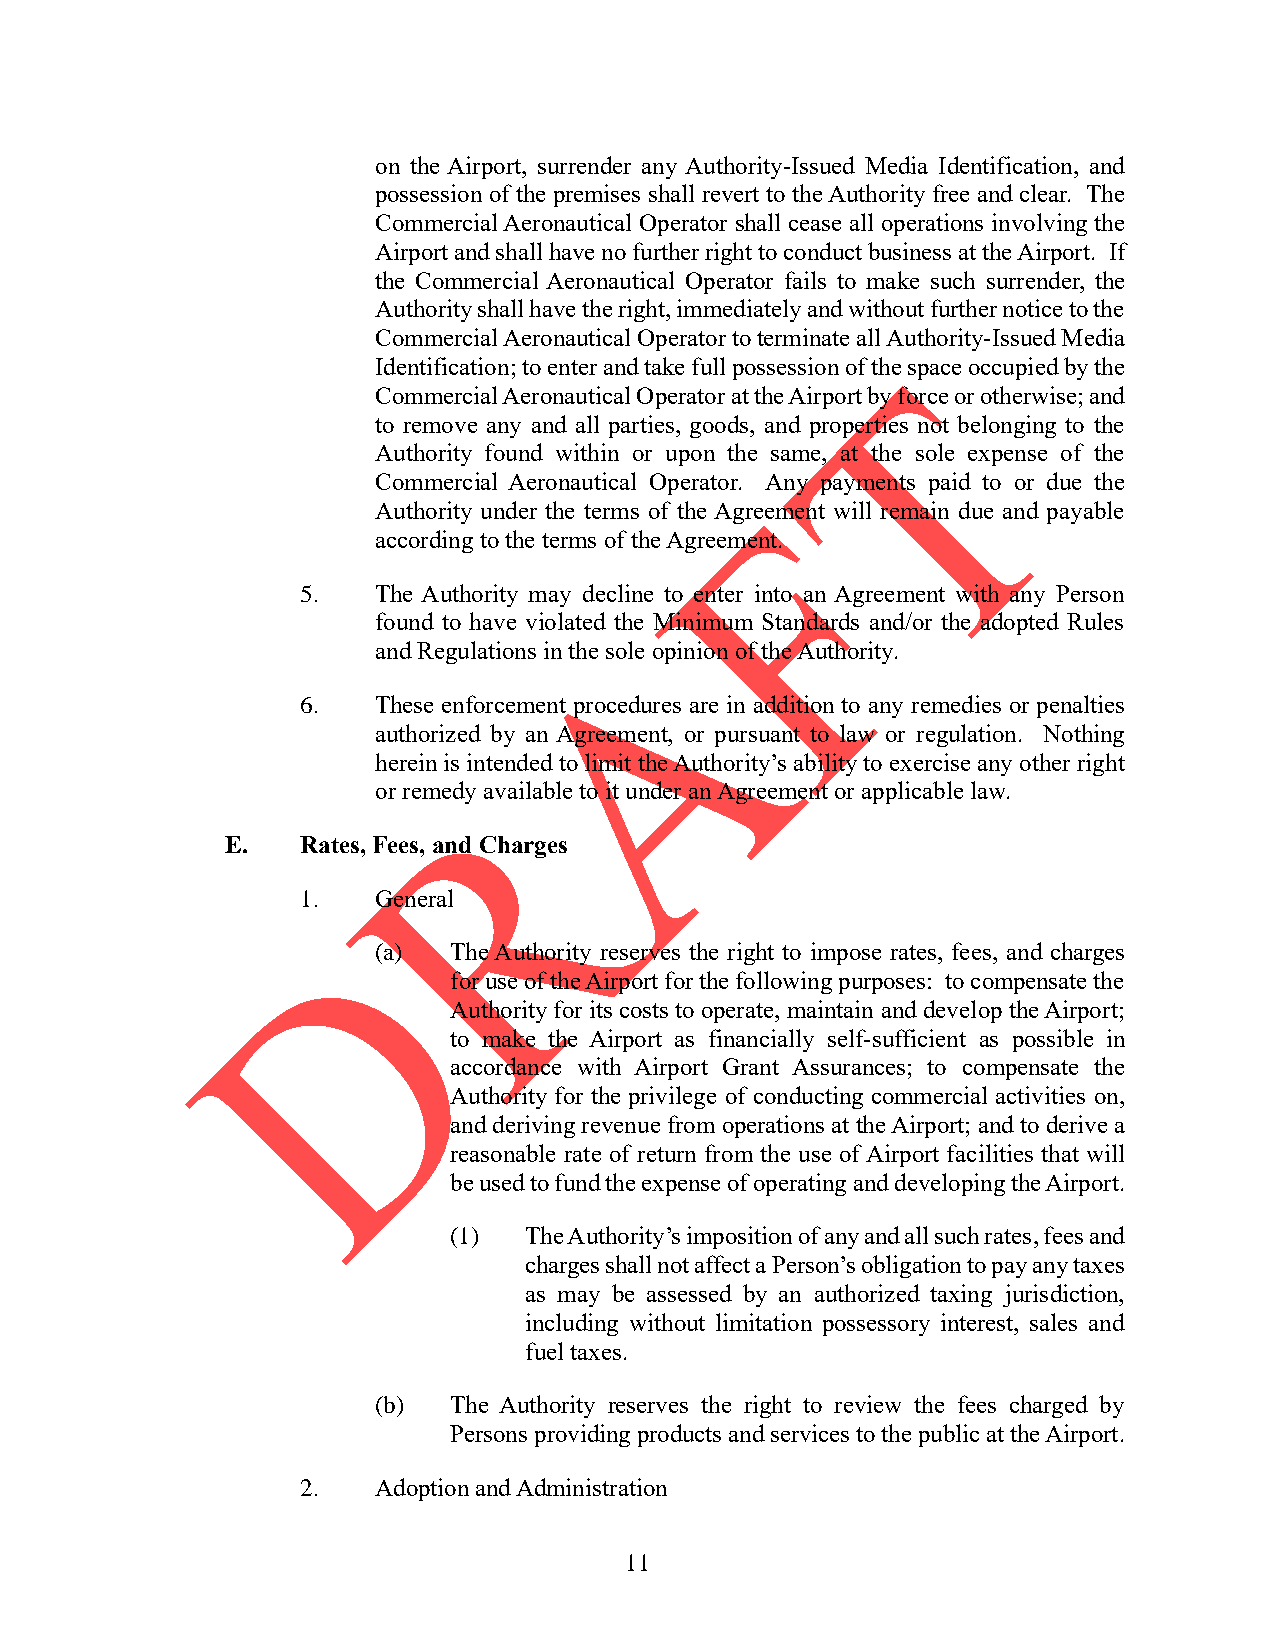
on the Airport, surrender any Authority-Issued Media Identification, and
 possession of the premises shall revert to the Authority free and clear. The
 Commercial Aeronautical Operator shall cease all operations involving the
 Airport and shall have no further right to conduct business at the Airport. If
 the Commercial Aeronautical Operator fails to make such surrender, the
 Authority shall have the right, immediately and without further notice to the
 Commercial Aeronautical Operator to terminate all Authority-Issued Media
 Identification; to enter and take full possession of the space occupied by the
 Commercial Aeronautical Operator at the Airport by force or otherwise; and
 to remove any and all parties, goods, and properties not belonging to the
 Authority found within or upon the same, at the sole expense of the
 Commercial Aeronautical Operator. Any payments paid to or due the
 Authority under the terms of the Agreement will remain due and payable
 according to the terms of the Agreement.
 5.   The Authority may decline to enter into an Agreement with any Person
 found to have violated the Minimum Standards and/or the adopted Rules
 and Regulations in the sole opinion of the Authority.
 6.   These enforcement procedures are in addition to any remedies or penalties
 authorized by an Agreement, or pursuant to law or regulation. Nothing
 herein is intended to limit the Authority’s ability to exercise any other right
 or remedy available to it under an Agreement or applicable law.
 E.   Rates, Fees, and Charges
 1.   General
 (a)  The Authority reserves the right to impose rates, fees, and charges
 for use of the Airport for the following purposes: to compensate the
 Authority for its costs to operate, maintain and develop the Airport;
 to make the Airport as financially self-sufficient as possible in
 accordance with Airport Grant Assurances; to compensate the
 Authority for the privilege of conducting commercial activities on,
 and deriving revenue from operations at the Airport; and to derive a
 reasonable rate of return from the use of Airport facilities that will
 be used to fund the expense of operating and developing the Airport.
 (1)  The Authority’s imposition of any and all such rates, fees and
 charges shall not affect a Person’s obligation to pay any taxes
 as may be assessed by an authorized taxing jurisdiction,
 including without limitation possessory interest, sales and
 fuel taxes.
 (b)  The Authority reserves the right to review the fees charged by
 Persons providing products and services to the public at the Airport.
 2.   Adoption and Administration
 11